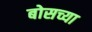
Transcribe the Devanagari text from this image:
बोसच्या